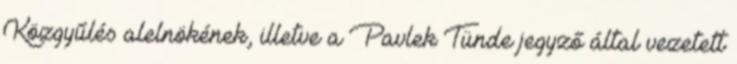
Közgyűlés alelnökének, illetve a Pavlek Tünde jegyző által vezetett